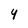
Character: y